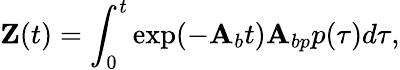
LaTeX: \mathbf{Z}(t)=\int_{0}^{t}\exp(-\mathbf{A}_{b}t)\mathbf{A}_{bp}p(\tau)d\tau,